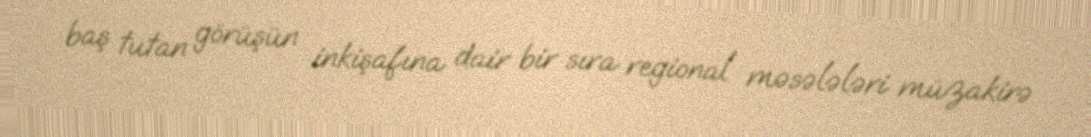
baş tutan görüşün inkişafına dair bir sıra regional məsələləri müzakirə